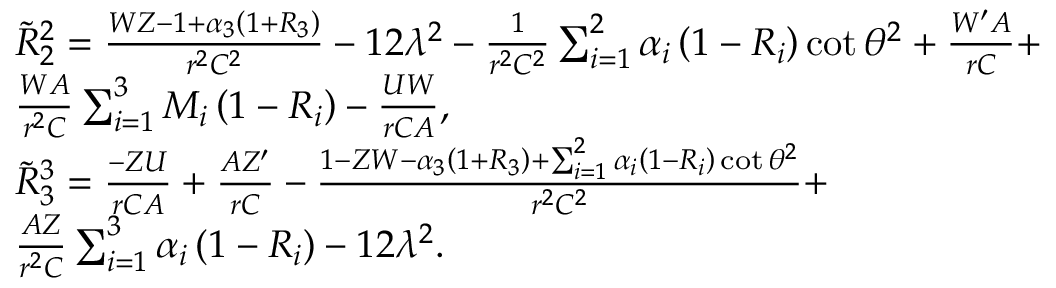
\begin{array} { r l } & { \tilde { R } _ { 2 } ^ { 2 } = \frac { W Z - 1 + \alpha _ { 3 } \left( 1 + R _ { 3 } \right) } { r ^ { 2 } C ^ { 2 } } - 1 2 \lambda ^ { 2 } - \frac { 1 } { r ^ { 2 } C ^ { 2 } } \sum _ { i = 1 } ^ { 2 } \alpha _ { i } \left( 1 - R _ { i } \right) \cot \theta ^ { 2 } + \frac { W ^ { \prime } A } { r C } + } \\ & { \frac { W A } { r ^ { 2 } C } \sum _ { i = 1 } ^ { 3 } M _ { i } \left( 1 - R _ { i } \right) - \frac { U W } { r C A } , } \\ & { \tilde { R } _ { 3 } ^ { 3 } = \frac { - Z U } { r C A } + \frac { A Z ^ { \prime } } { r C } - \frac { 1 - Z W - \alpha _ { 3 } \left( 1 + R _ { 3 } \right) + \sum _ { i = 1 } ^ { 2 } \alpha _ { i } \left( 1 - R _ { i } \right) \cot \theta ^ { 2 } } { r ^ { 2 } C ^ { 2 } } + } \\ & { \frac { A Z } { r ^ { 2 } C } \sum _ { i = 1 } ^ { 3 } \alpha _ { i } \left( 1 - R _ { i } \right) - 1 2 \lambda ^ { 2 } . } \end{array}